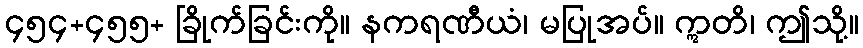
၄၅၄+၄၅၅+ ခြိုက်ခြင်းကို။ နကရဏီယံ၊ မပြုအပ်။ ဣတိ၊ ဤသို့။